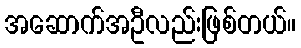
အဆောက်အဦလည်းဖြစ်တယ်။